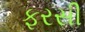
ફરસી